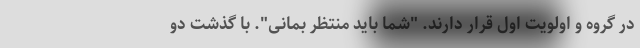
در گروه و اولویت اول قرار دارند. "شما باید منتظر بمانی". با گذشت دو